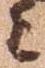
々